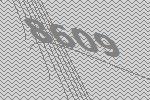
8609